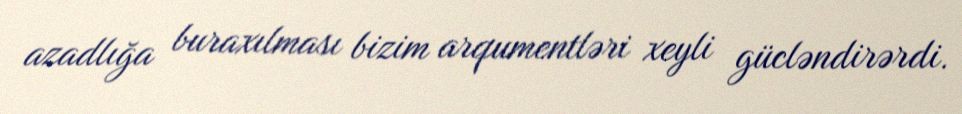
azadlığa buraxılması bizim arqumentləri xeyli gücləndirərdi.